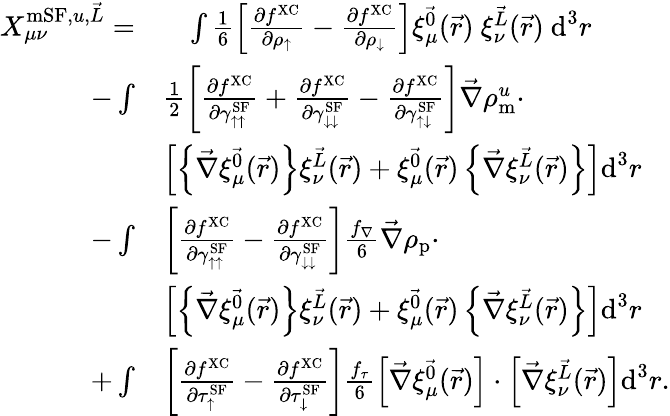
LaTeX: \begin{array}{rl}{X_{\mu\nu}^{\textrm{mSF},u,\vec{L}}=}&{\phantom{+}\int\frac{1}{6}\left[\frac{\partial f^{\mathrm{XC}}}{\partial\rho_{\uparrow}}-\frac{\partial f^{\mathrm{XC}}}{\partial\rho_{\downarrow}}\right]\xi_{\mu}^{\vec{0}}(\vec{r})~\xi_{\nu}^{\vec{L}}(\vec{r})~\textrm{d}^{3}r}\\ {-\int}&{\frac{1}{2}\left[\frac{\partial f^{\mathrm{XC}}}{\partial\gamma_{\uparrow\uparrow}^{\textrm{SF}}}+\frac{\partial f^{\mathrm{XC}}}{\partial\gamma_{\downarrow\downarrow}^{\textrm{SF}}}-\frac{\partial f^{\mathrm{XC}}}{\partial\gamma_{\uparrow\downarrow}^{\textrm{SF}}}\right]\vec{\nabla}\rho_{\textrm{m}}^{u}\cdot}\\ &{\left[\left\{ \vec{\nabla}\xi_{\mu}^{\vec{0}}(\vec{r})\right\} \xi_{\nu}^{\vec{L}}(\vec{r})+\xi_{\mu}^{\vec{0}}(\vec{r})\left\{ \vec{\nabla}\xi_{\nu}^{\vec{L}}(\vec{r})\right\} \right]\textrm{d}^{3}r}\\ {-\int}&{\left[\frac{\partial f^{\mathrm{XC}}}{\partial\gamma_{\uparrow\uparrow}^{\textrm{SF}}}-\frac{\partial f^{\mathrm{XC}}}{\partial\gamma_{\downarrow\downarrow}^{\textrm{SF}}}\right]\frac{f_{\nabla}}{6}\vec{\nabla}\rho_{\textrm{p}}\cdot}\\ &{\left[\left\{ \vec{\nabla}\xi_{\mu}^{\vec{0}}(\vec{r})\right\} \xi_{\nu}^{\vec{L}}(\vec{r})+\xi_{\mu}^{\vec{0}}(\vec{r})\left\{ \vec{\nabla}\xi_{\nu}^{\vec{L}}(\vec{r})\right\} \right]\textrm{d}^{3}r}\\ {+\int}&{\left[\frac{\partial f^{\mathrm{XC}}}{\partial\tau_{\uparrow}^{\textrm{SF}}}-\frac{\partial f^{\mathrm{XC}}}{\partial\tau_{\downarrow}^{\textrm{SF}}}\right]\frac{f_{\tau}}{6}\left[\vec{\nabla}\xi_{\mu}^{\vec{0}}(\vec{r})\right]\cdot\left[\vec{\nabla}\xi_{\nu}^{\vec{L}}(\vec{r})\right]\textrm{d}^{3}r.}\end{array}